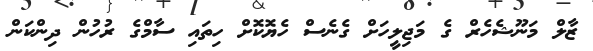
ޒާލް މަނޫޝެހެރް ގެ މަޖިލީހަށް ގެނެސް ހެޔޮކޮށް ހިތައި ސާމްގެ ރުހުން ދިންކަން